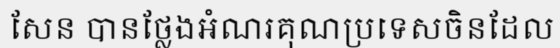
សែន បានថ្លែងអំណរគុណប្រទេសចិនដែល